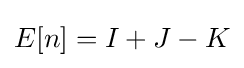
E[n]=I+J-K